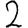
Digit: 2